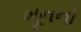
ખૂનનો